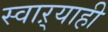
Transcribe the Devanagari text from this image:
स्वाऱ्याही